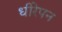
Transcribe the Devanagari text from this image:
धीरेपन